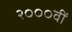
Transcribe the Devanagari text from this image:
२०००वीं